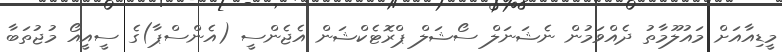
މީޑިއާއަށް މައުލޫމާތު ދެއްވަމުން ނެޝަނަލް ސޯޝަލް ޕްރޮޓެކްޝަން އެޖެންސީ (އެންސްޕާ)ގެ ސީއީއޯ މުޖުތަބާ